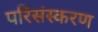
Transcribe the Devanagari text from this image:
परिसंस्करण